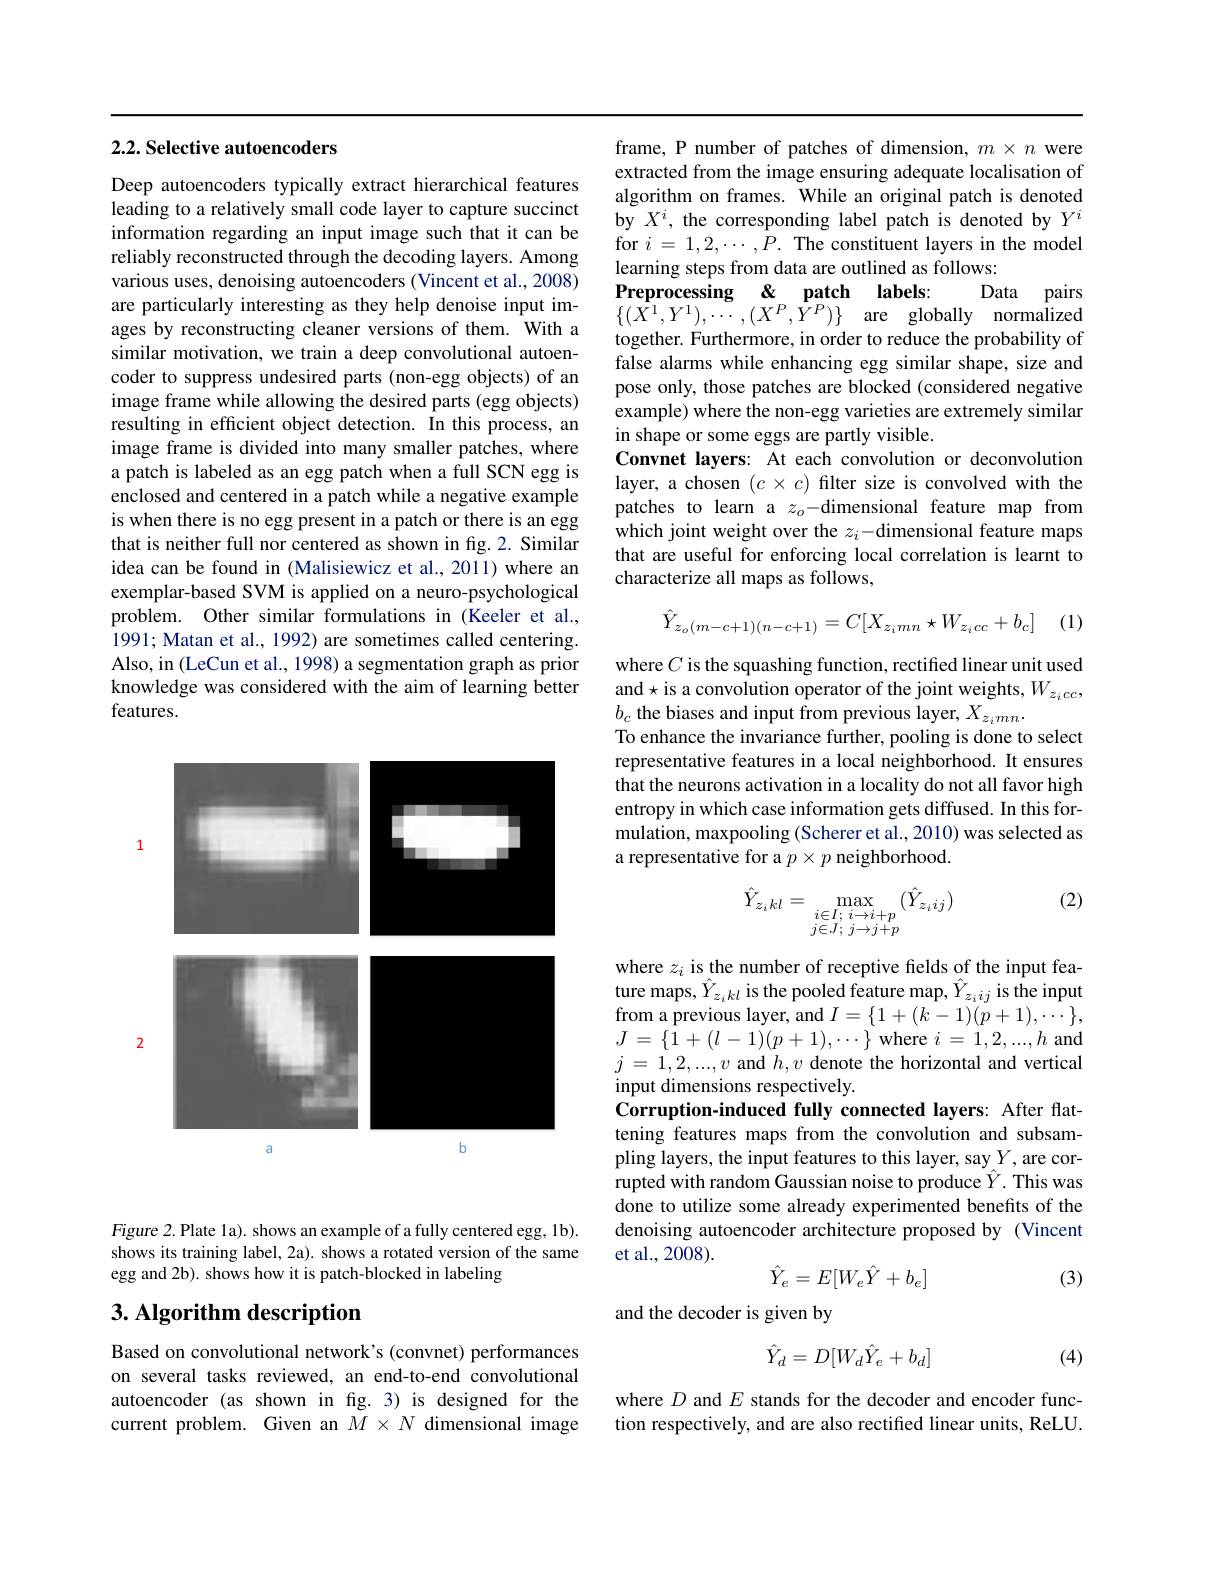
## $2. 2. \textbf{Selective autoencoders}$

Deep autoencoders typically extract hierarchical features leading to a relatively small code layer to capture succinct information regarding an input image such that it can be reliably reconstructed through the decoding layers. Among various uses, denoising autoencoders (Vincent et al., 2008) are particularly interesting as they help denoise input images by reconstructing cleaner versions of them. With a similar motivation, we train a deep convolutional autoencoder to suppress undesired parts (non-egg objects) of an image frame while allowing the desired parts (egg objects) resulting in efficient object detection. In this process, an image frame is divided into many smaller patches, where a patch is labeled as an egg patch when a full SCN egg is enclosed and centered in a patch while a negative example is when there is no egg present in a patch or there is an egg that is neither full nor centered as shown in fig.2. Similar idea can be found in (Malisiewicz et al., 2011) where an exemplar-based SVM is applied on a neuro-psychological problem. Other similar formulations in (Keeler et al., 1991; Matan et al., 1992) are sometimes called centering. Also, in (LeCun et al., 1998) a segmentation graph as prior knowledge was considered with the aim of learning better features.

1

<FigureHere>

Figure 2. Plate la). shows an example of a fully centered egg, 1b). shows its training label, 2a). shows a rotated version of the same egg and 2b). shows how it is patch-blocked in labeling

# 3. Algorithm description

Based on convolutional network's (convnet) performances on several tasks reviewed, an end-to-end convolutional autoencoder (as shown in fig.3) is designed for the current problem. Given an $\tilde{M}\times N$ dimensional image

frame, P number of patches of dimension, $m\times n$ were extracted from the image ensuring adequate localisation of algorithm on frames. While an original patch is denoted by $X^i$, the corresponding label patch is denoted by $Y^i$ for $i=1,2,\cdots,P.$ The constituent layers in the model learning steps from data are outlined as follows:
Preprocessing&&patch&labels:
Data pairs
$\{ ( \bar{X^{1}} , Y^{1}) , \bar{\cdots } , ( X^{P}, \bar{Y^{P}} ) \}$ are globally normalized together. Furthermore, in order to reduce the probability of false alarms while enhancing egg similar shape, size and pose only, those patches are blocked (considered negative example) where the non-egg varieties are extremely similar in shape or some eggs are partly visible.
Convnet layers: At each convolution or deconvolution layer, a chosen $(c\times c)$ filter size is convolved with the patches to learn a $z_o-$dimensional feature map from which joint weight over the $z_i-\hat{\text{dimensional feature maps}}$ that are useful for enforcing local correlation is learnt to characterize all maps as follows,

(1)
$$\hat{Y}_{z_o(m-c+1)(n-c+1)}=C[X_{z_imn}\star W_{z_icc}+b_c]$$
where $C$ is the squashing function, rectified linear unit used and$\star$is a convolution operator of the joint weights,$W_z_icc$, $b_{c}$ the biases and input from previous layer, $X_z_imn.$
To enhance the invariance further, pooling is done to select representative features in a local neighborhood. It ensures that the neurons activation in a locality do not all favor high entropy in which case information gets diffused. In this formulation, maxpooling (Scherer et al., 2010) was selected as a representative for a $p\times p$ neighborhood.

(2)
$$\hat{Y}_{z_i\:kl}=\max_{\begin{smallmatrix}i\in I;&i\to i+p\\j\in J;&j\to j+p\end{smallmatrix}}(\hat{Y}_{z_i\:ij})$$
where $z_i$ is the number of receptive felds of the input feature maps, $\hat{Y}_{z_{i}kl}$ is the pooled feature map, $\hat{Y}_{z_{i}ij}$ is the input $\mathop{\mathrm{from~a~previous~layer,~and~}}I=\{1+(k-1)(p+1),\cdots\}$, $J=\{\bar{1}+(l-1)(p+1),\cdots\}$where $i=1,2,...,h$ and $j$ = $1, 2, . . . , v$ and $h,v$ denote the horizontal and vertical input dimensions respectively.
Corruption-induced fully connected layers: After flattening features maps from the convolution and subsampling layers, the input features to this layer, say $Y$, are corrupted with random Gaussian noise to produce $\hat{\hat{Y}}.$ This was done to utilize some already experimented benefits of the denoising autoencoder architecture proposed by (Vincent et al., 2008).
$$\hat{Y}_e=E[W_e\hat{Y}+b_e]$$
(3)

and the decoder is given by
$$\hat{Y}_d=D[W_d\hat{Y}_e+b_d]$$
(4)

where $D$ and $E$ stands for the decoder and encoder function respectively, and are also rectified linear units, ReLU.